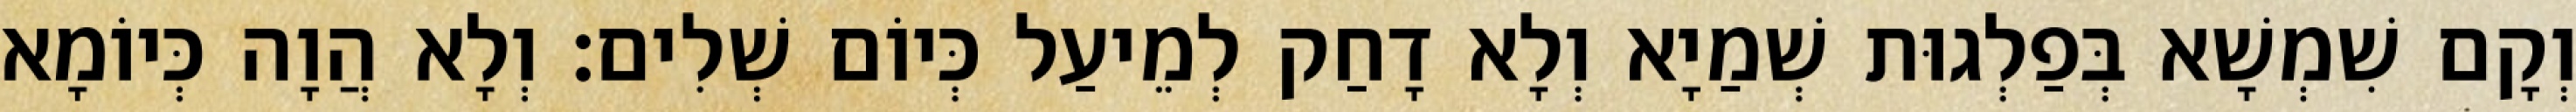
וְקָם שִׁמְשָׁא בְּפַלְגוּת שְׁמַיָא וְלָא דָחַק לְמֵיעַל כְּיוֹם שְׁלִים׃ וְלָא הֲוָה כְּיוֹמָא